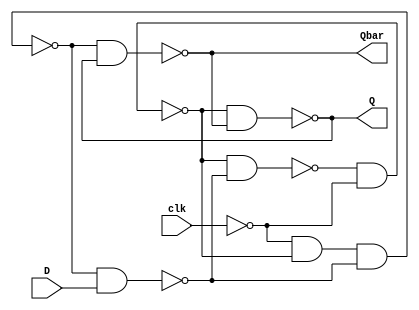
module dff(D,clk,Q,Qbar);
	input D,clk;
	output Q,Qbar;
	wire S,R;
	wire t1,t2;
	nand g1(t1,S,t2);
	nand g2(S,t1,~clk);
	nand g3(R,~clk,S,t2);
	nand g4(t2,R,D);
	nand g5(Q,S,Qbar);
	nand g6(Qbar,R,Q);
endmodule